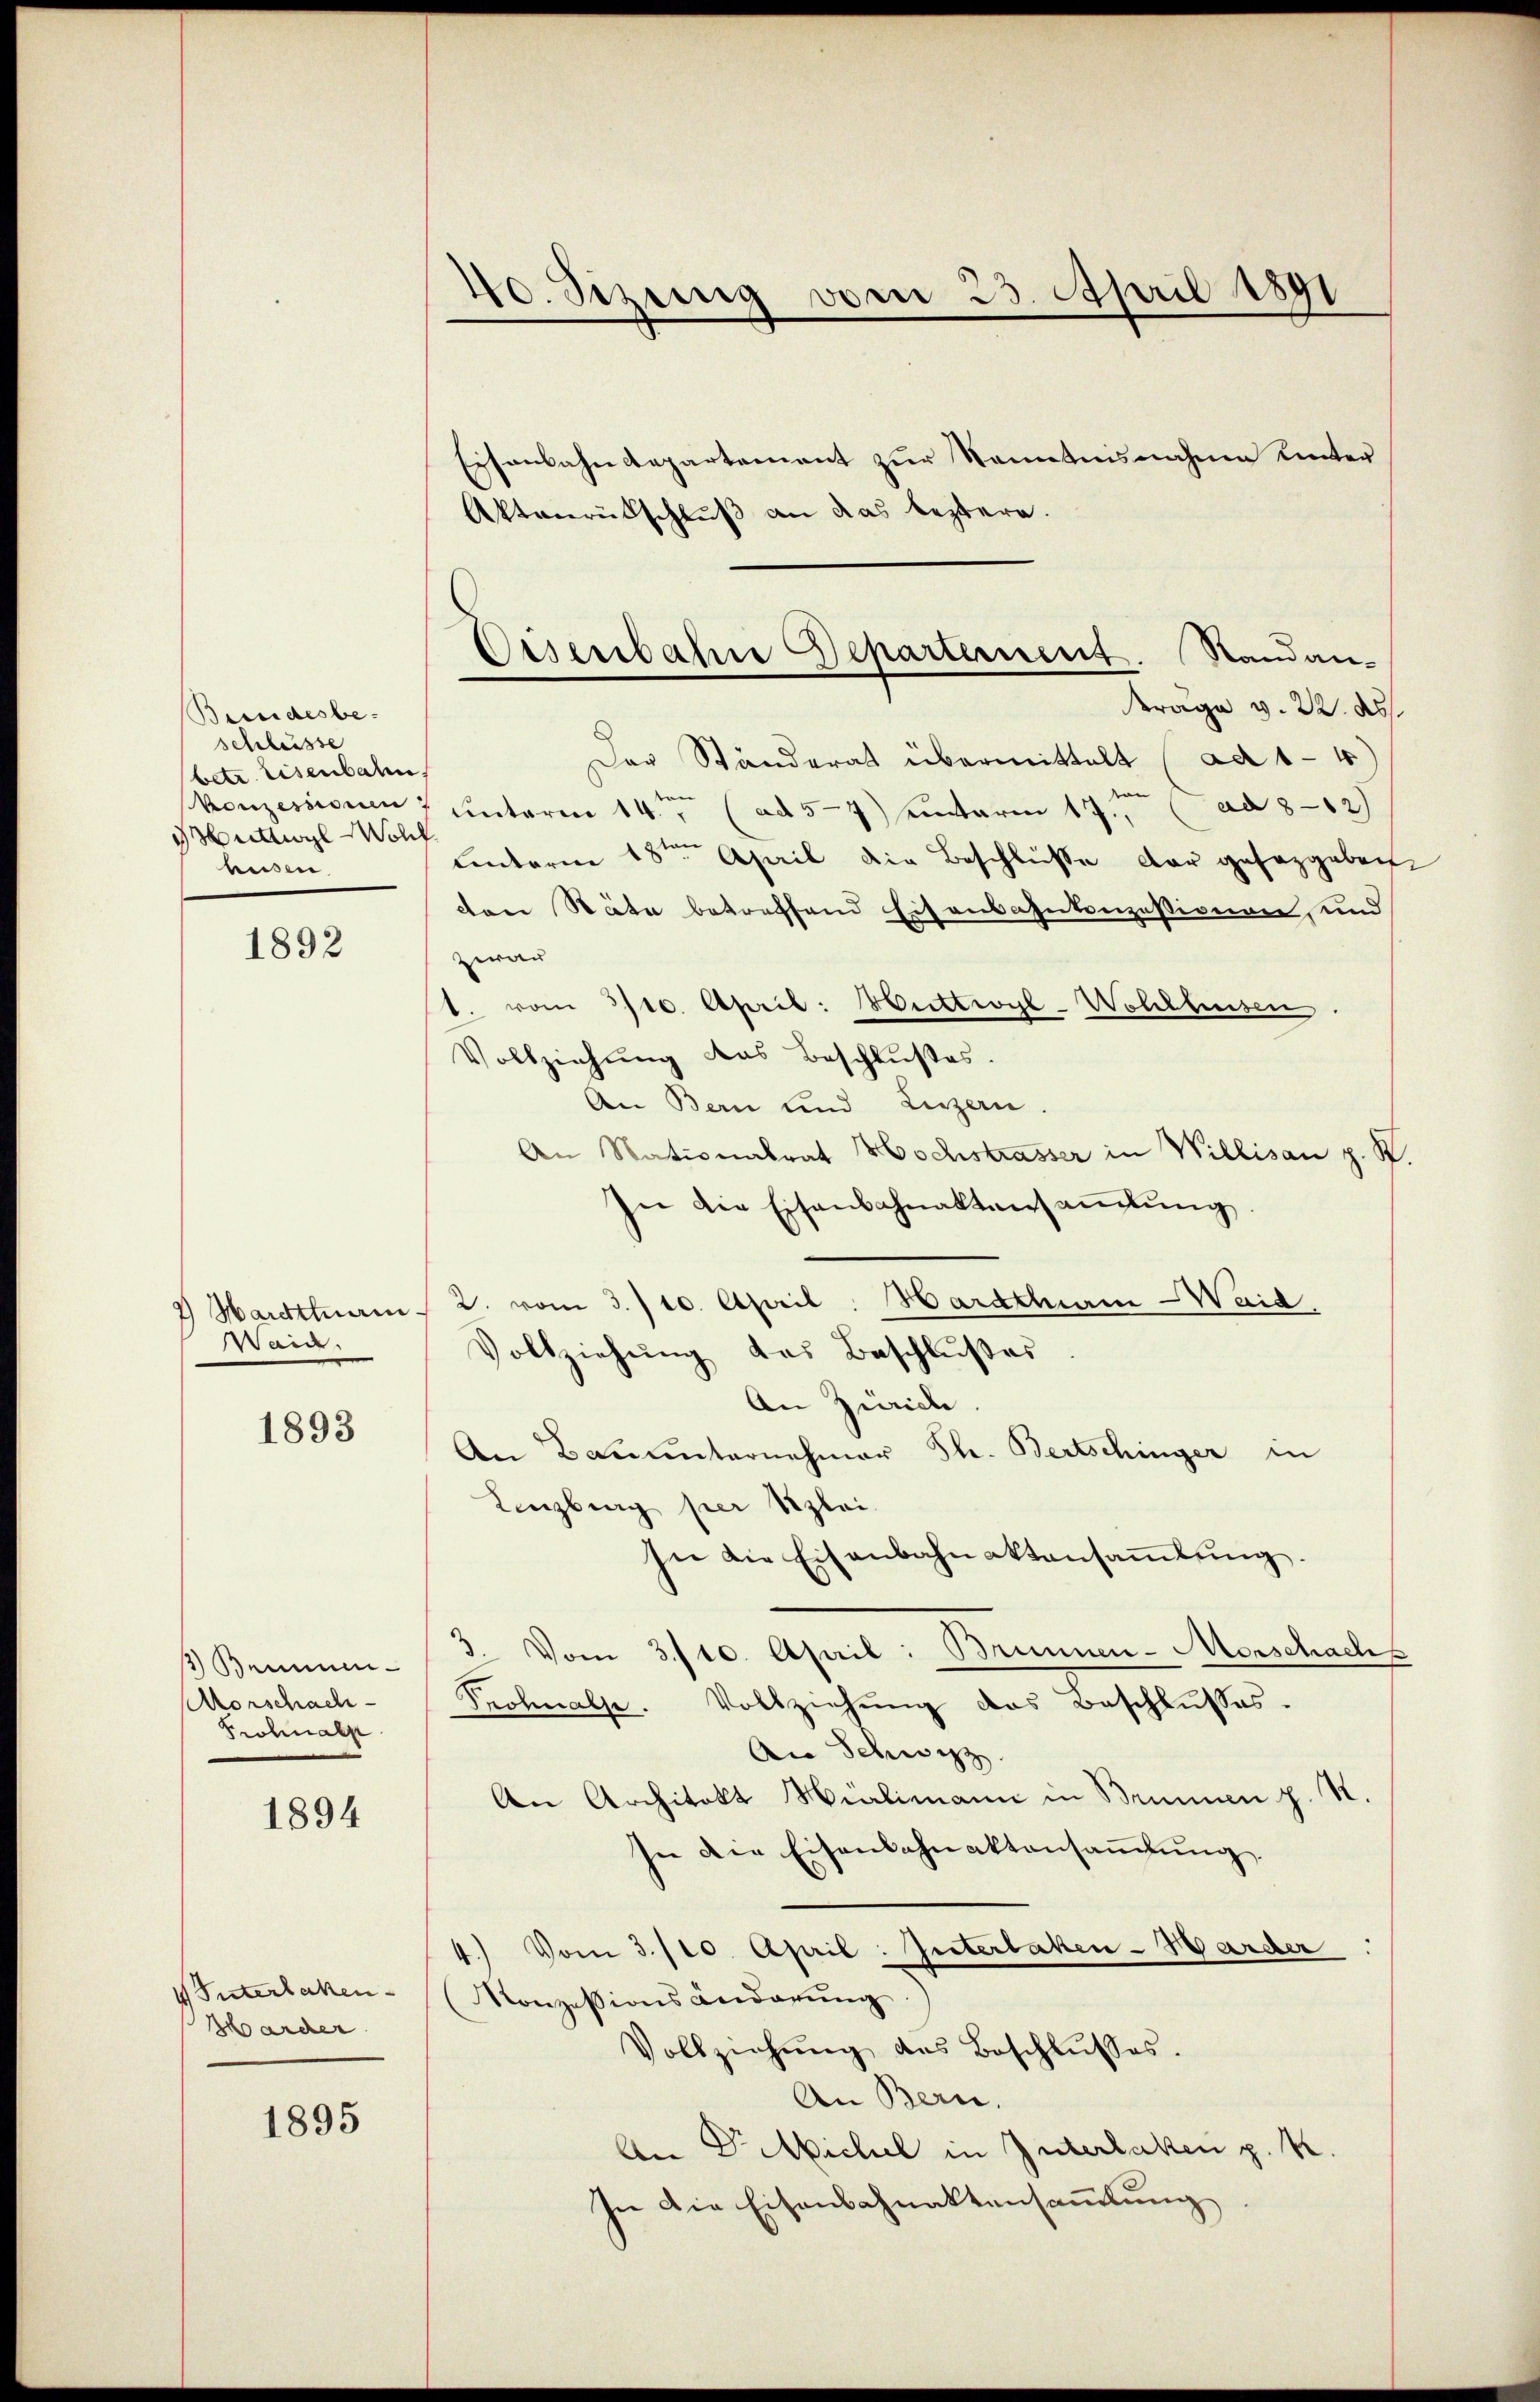
Bundesbe-
Schlüsse
betr. Eisenbahn
konzessionen
Duttwyl Wohl
heisen.

1892

Weide.

1893

) Beimen-
Vorschach
Prohalp

1894

V Interlaken
Barcer

1895

40. Sizung vom 25. April 1891

Eisenbahndepartement zur Kenntnisnahme unter
Aktenrütschluß an das leztern.
Frage v. 22. ds
Der Ständerat übermittelt (ad 1-4)
7 unterm 14ten (ad 5-7) einterm 17. (ad 8-12)
Cantorn 18ten April die Beschlüsse dar gesaggeben
don Stäte betreffend Eisenbahnkonzessionen, und
zwar
1. vom 3/10. April: Huttwyl-Wohlhusen.
Vollziehung des Beschlußes.
An Bern und Luzern.
An Nationalrat Hochstrasser in Willisau z. R.
In die Eisenbahnaktensaṁlŭng.
 Hardtterm 2. vom 3./10. April: Hardtham Waid.
Vollziehung das Beschlußes
An Zürich
An Bauunternehmer Th. Bertschinger in
Lenzburg per Klei
sie die Eisenbahnaktensaṁlŭng.
3. Vom 3/10. April: Brunnen-Merschach
Kolmals. Vollziehŭng des Beschlŭsses.
An Schwyz.
An Architekt Hilimann in Brunnen z. R.
sie die Eisenbahnaktansaṁlŭng.
4.) Vom 3./20. April: Interlaken-Wärder
Konzessionsänderung
Vollziehŭng des Beschlŭsses.
An Bern.
An Dr. Sichel in Interlaken p. K.
In die Eisenbahnaktensammlung

Osenbahne Departement. Standan-